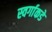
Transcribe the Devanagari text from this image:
स्वर्गाकडे